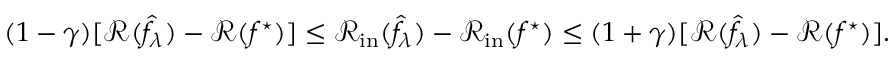
\begin{array} { r } { ( 1 - \gamma ) [ \mathcal { R } ( \widehat { f } _ { \lambda } ) - \mathcal { R } ( f ^ { \star } ) ] \leq \mathcal { R } _ { \mathrm { i n } } ( \widehat { f } _ { \lambda } ) - \mathcal { R } _ { \mathrm { i n } } ( f ^ { \star } ) \leq ( 1 + \gamma ) [ \mathcal { R } ( \widehat { f } _ { \lambda } ) - \mathcal { R } ( f ^ { \star } ) ] . } \end{array}